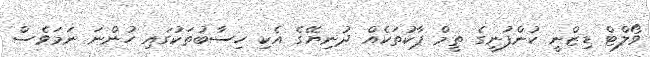
ވޯލްޓް ޑިޒްނީ ކުންފުނީގެ ތީމް ޕާކުތަކެއް ދުނިޔޭގެ އެކި ހިސާބުތަކުގައި ހުންނަ ނަމަވެސް